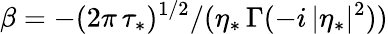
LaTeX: \beta=-(2\pi\, \tau_{*})^{1/2}/(\eta_{*}\, \Gamma(-i\, |\eta_{*}|^{2}))